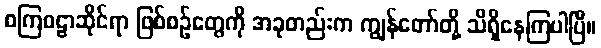
စကြဝဠာဆိုင်ရာ ဖြစ်စဉ်တွေကို အခုတည်းက ကျွန်တော်တို့ သိရှိနေကြပါပြီ။